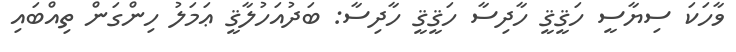
ވާހަކަ ސިޔާސީ ހަޤީޤީ ހާދިސާ ހަޤީޤީ ހާދިސާ: ބަދުއަހުލާޤީ ޢަމަލު ހިންގަން ތިއްބައި